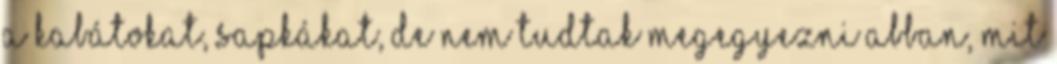
a kabátokat, sapkákat, de nem tudtak megegyezni abban, mit